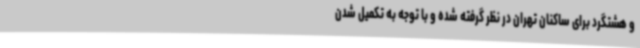
و هشتگرد برای ساکنان تهران در نظر گرفته شده و با توجه به تکمیل شدن